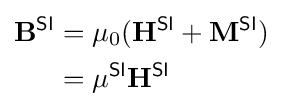
{\begin{aligned}\mathbf {B} ^{\textsf {SI}}&=\mu _{0}(\mathbf {H} ^{\textsf {SI}}+\mathbf {M} ^{\textsf {SI}})\\&=\mu ^{\textsf {SI}}\mathbf {H} ^{\textsf {SI}}\end{aligned}}